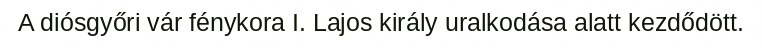
A diósgyőri vár fénykora I. Lajos király uralkodása alatt kezdődött.